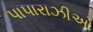
પાપારાઝીઓ